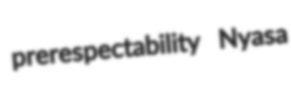
prerespectability Nyasa